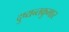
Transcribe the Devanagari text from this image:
दुष्यन्तकुमार